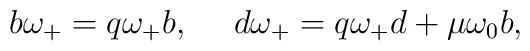
b\omega _{+}=q\omega _{+}b,~~~~d\omega _{+}=q\omega _{+}d+\mu \omega _{0}b,